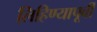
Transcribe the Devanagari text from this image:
लिहिण्‍यापूर्वी